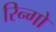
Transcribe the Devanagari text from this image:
रिन्गो